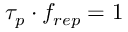
\tau _ { p } \cdot f _ { r e p } = 1